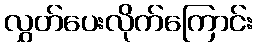
လွှတ်ပေးလိုက်ကြောင်း